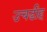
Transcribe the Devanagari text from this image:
उचडीह